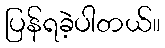
ပြန်ရခဲ့ပါတယ်။